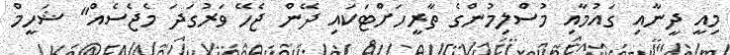
މިއީ ދީނާއި ގައުމާއި މުސްލިމުންގެ ތާރީހަށްޓަކައި ދޭން ޖެހޭ ވަރުގަދަ މެޖެސެއް" ޝަހީމް